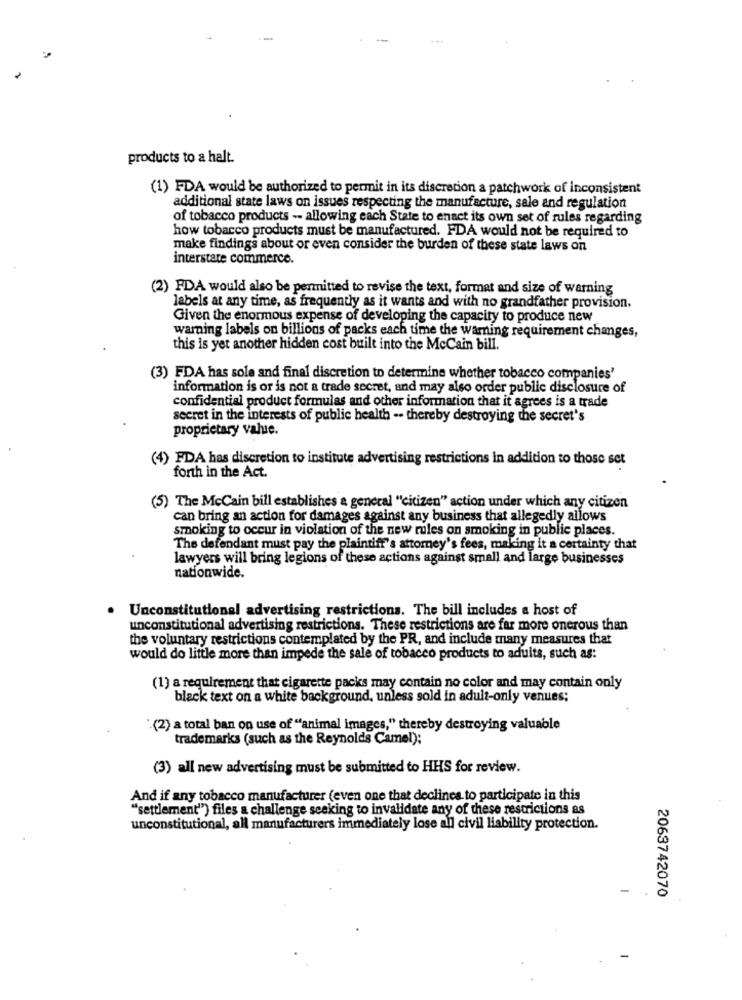
products to a halt.
(1) FDA would be authorized to permit in its discretion a patchwork of inconsistent
additional state laws on issues respecting the manufacture, sale and regulation
of tobacco products -- allowing each State to enact its own set of rules regarding
how tobacco products must be manufactured. FDA would not be required to
make findings about or even consider the burden of these state laws on
interstate commerce.
(2) FDA would also be permitted to revise the text, format and size of warning
labels at any time, as frequently as it wants and with no grandfather provision.
Given the enormous expense of developing the capacity to produce new
warning labels on billions of packs each time the warning requirement changes,
this is yet another hidden cost built into the McCain bill.
(3) FDA has sole and final discretion to determine whether tobacco companies'
information is or is not a trade secret, and may also order public disclosure of
confidential product formulas and other information that it agrees is a trade
secret in the interests of public health .. thereby destroying the secret's
proprietary valie.
(4) FDA has discretion to institute advertising restrictions in addition to those set
forth in the Act.
(5) The McCain bill establishes a general "citizen" action under which any citizen
can bring an action for damages against any business that allegedly allows
smoking to occur in violation of the new rules on smoking in public places.
The defendant must pay the plaintiff's attorney's fees, making it a certainty that
lawyers will bring legions of these actions against small and large businesses
nationwide.
Unconstitutional advertising restrictions. The bill includes a host of
unconstitutional advertising restrictions. These restrictions are far more onerous than
the voluntary restrictions contemplated by the PR, and include many measures that
would do little more than impede the sale of tobacco products to adults, such as:
(1) a requirement that cigarette packs may contain no color and may contain only
black text on a white background, unless sold in adult-only venues;
(2) a total ban on use of "animal images," thereby destroying valuable
trademarks (such as the Reynolds Camel);
(3) all new advertising must be submitted to HHS for review.
And if any tobacco manufacturer (even one that declines to participate in this
"settlement") files a challenge seeking to invalidate any of these restrictions as
unconstitutional, all manufacturers immediately lose all civil liability protection.
-
2063742070